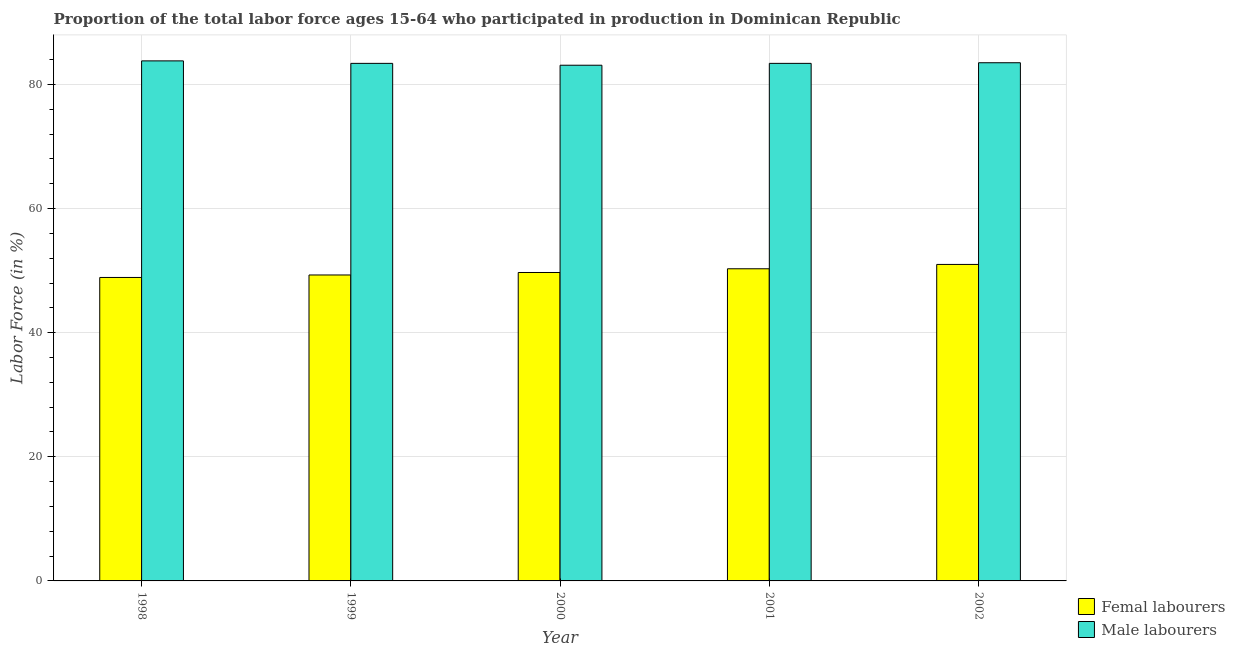
| Year | Femal labourers | Male labourers |
 | --- | --- | --- |
 | 1998 | 48.9 | 83.8 |
 | 1999 | 49.3 | 83.4 |
 | 2000 | 49.7 | 83.1 |
 | 2001 | 50.3 | 83.4 |
 | 2002 | 51 | 83.5 |